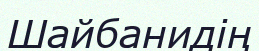
Шайбанидің